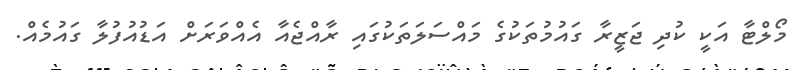
މޯލްޓާ އަކީ ކުދި ޖަޒީރާ ގައުމުތަކުގެ މައްސަލަތަކުގައި ރާއްޖެއާ އެއްވަރަށް އަޑުއުފުލާ ގައުމެއް.